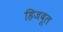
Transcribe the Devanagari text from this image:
हिजबूल